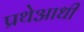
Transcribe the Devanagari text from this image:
प्रथेआधी